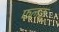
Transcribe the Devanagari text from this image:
फलकू